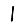
Digit: 1